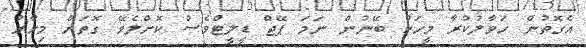
އެގޮތުން ހަވާލުކުރާ މީހަކު ބޭނުން ނަމަ ޕޭޖް ޑީލީޓްވެސް ކޮށްލެވޭ ގޮތަށް މިހާރު